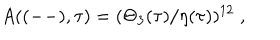
A ( ( -- ) , \tau ) = ( \Theta _ { 3 } ( \tau ) / \eta ( \tau ) ) ^ { 1 2 } \; ,